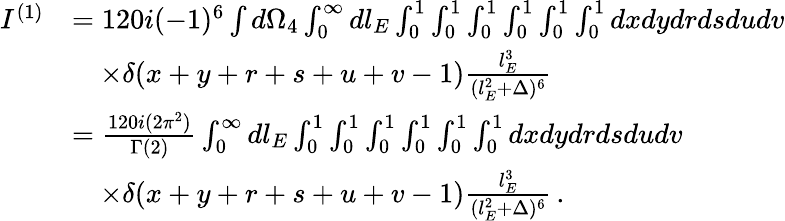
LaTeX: \begin{array}{rl}{I^{(1)}}&{=120i(-1)^{6}\int d\Omega_{4}\int_{0}^{\infty}dl_{E}\int_{0}^{1}\int_{0}^{1}\int_{0}^{1}\int_{0}^{1}\int_{0}^{1}\int_{0}^{1}dxdydrdsdudv}\\ &{\quad\times\delta(x+y+r+s+u+v-1)\frac{l_{E}^{3}}{(l_{E}^{2}+\Delta)^{6}}}\\ &{=\frac{120i(2\pi^{2})}{\Gamma(2)}\int_{0}^{\infty}dl_{E}\int_{0}^{1}\int_{0}^{1}\int_{0}^{1}\int_{0}^{1}\int_{0}^{1}\int_{0}^{1}dxdydrdsdudv}\\ &{\quad\times\delta(x+y+r+s+u+v-1)\frac{l_{E}^{3}}{(l_{E}^{2}+\Delta)^{6}}\, .}\end{array}